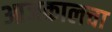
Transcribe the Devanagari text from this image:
आजकालचा